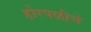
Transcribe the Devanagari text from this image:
होरपळीचे